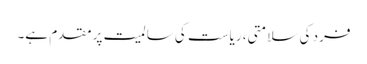
فرد کی سلامتی، ریاست کی سالمیت پر مقدم ہے۔